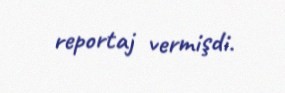
reportaj vermişdi.